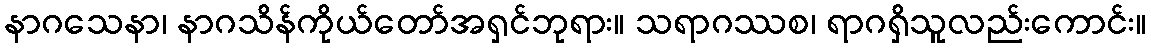
နာဂသေနာ၊ နာဂသိန်ကိုယ်တော်အရှင်ဘုရား။ သရာဂဿစ၊ ရာဂရှိသူလည်းကောင်း။